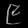
Digit: ၉